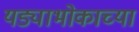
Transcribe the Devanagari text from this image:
यड्याभोकाच्या